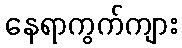
နေရာကွက်ကျား